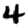
Digit: 4